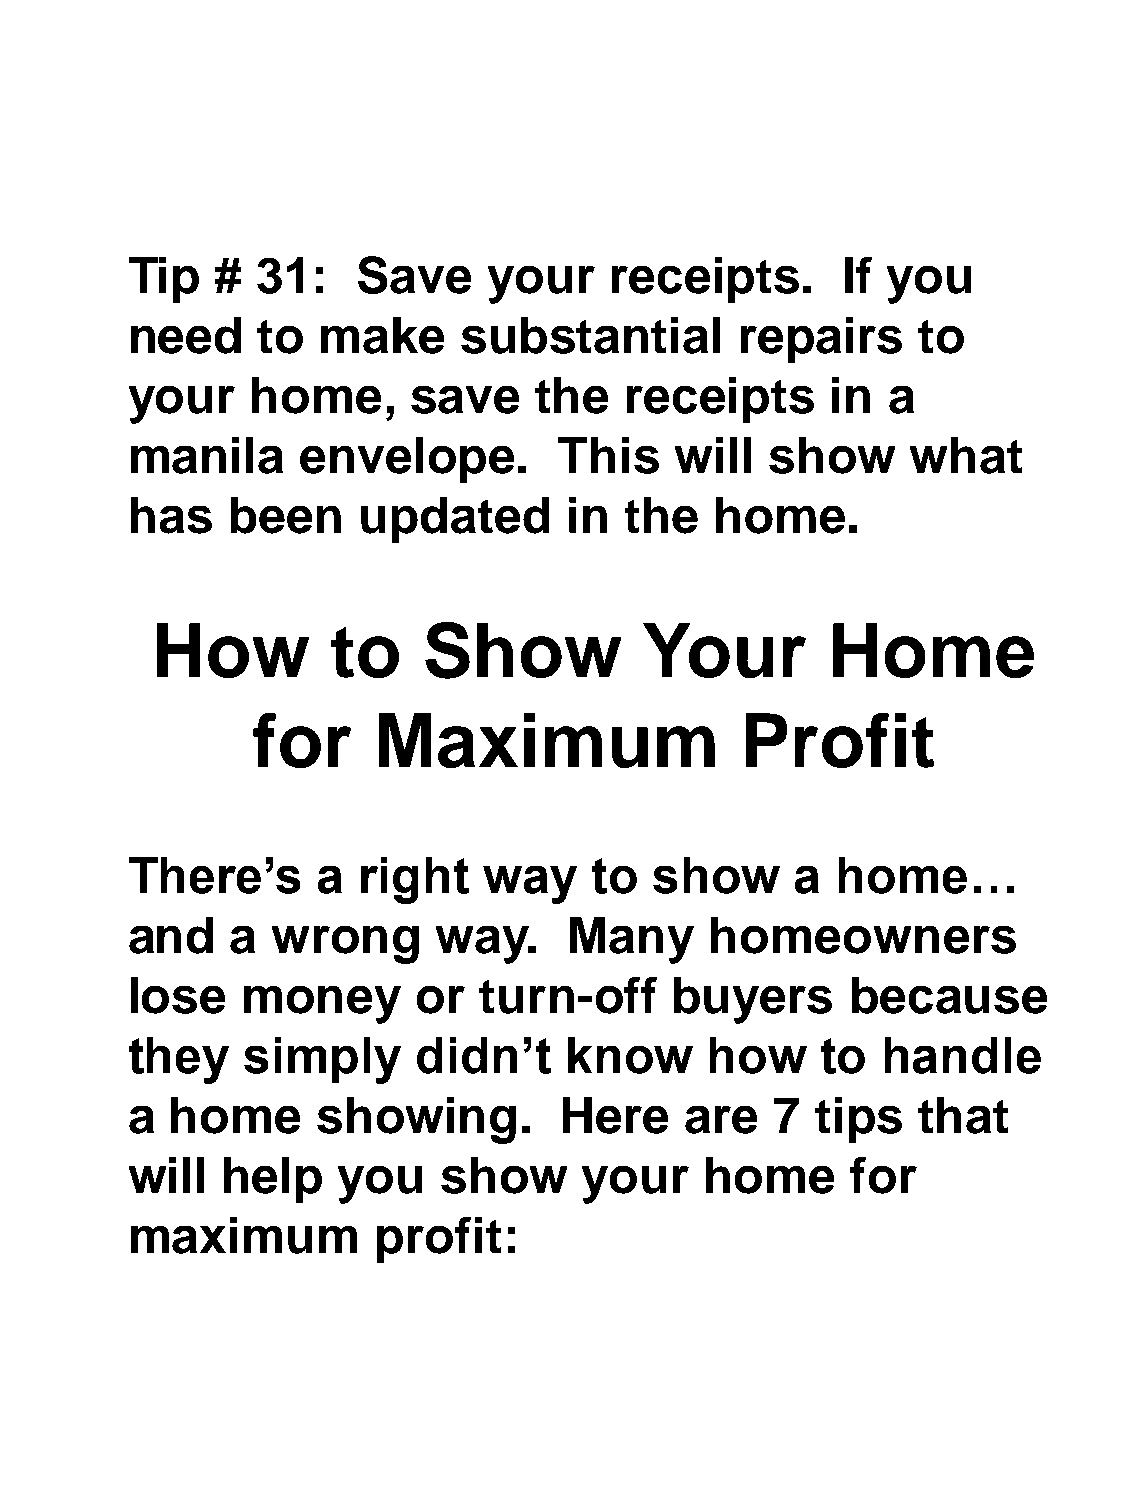
Tip   #  31:    Save    your    receipts.       If you
 need     to  make      substantial       repairs     to
 your     home,     save    the   receipts      in  a
 manila      envelope.        This    will  show     what
 has    been     updated      in  the   home.
 How         to    Show          Your         Home
 for     Maximum                 Profit
 There’s      a  right   way    to  show      a home…
 and    a  wrong      way.     Many     homeowners
 lose    money       or  turn-off    buyers      because
 they    simply      didn’t   know      how    to  handle
 a  home      showing.        Here    are   7  tips   that
 will   help   you    show      your    home     for
 maximum          profit: